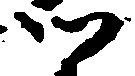
ツ